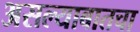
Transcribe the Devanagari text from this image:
असल्याबातचा